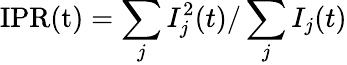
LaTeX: \mathrm{IPR(t)}=\sum_{j}I_{j}^{2}(t)/\sum_{j}I_{j}(t)